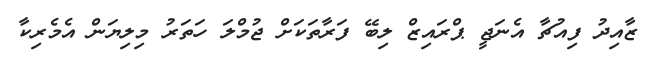
ޒާއިދު ފިއުޗާ އެނަޖީ ޕްރައިޒް ލިބޭ ފަރާތަކަށް ޖުމްލަ ހަތަރު މިލިޔަން އެމެރިކާ